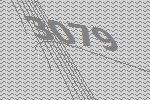
3079